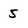
Character: 5